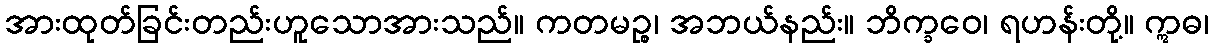
အားထုတ်ခြင်းတည်းဟူသောအားသည်။ ကတမဉ္စ၊ အဘယ်နည်း။ ဘိက္ခဝေ၊ ရဟန်းတို့။ ဣဓ၊